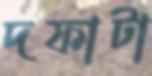
দফাটা